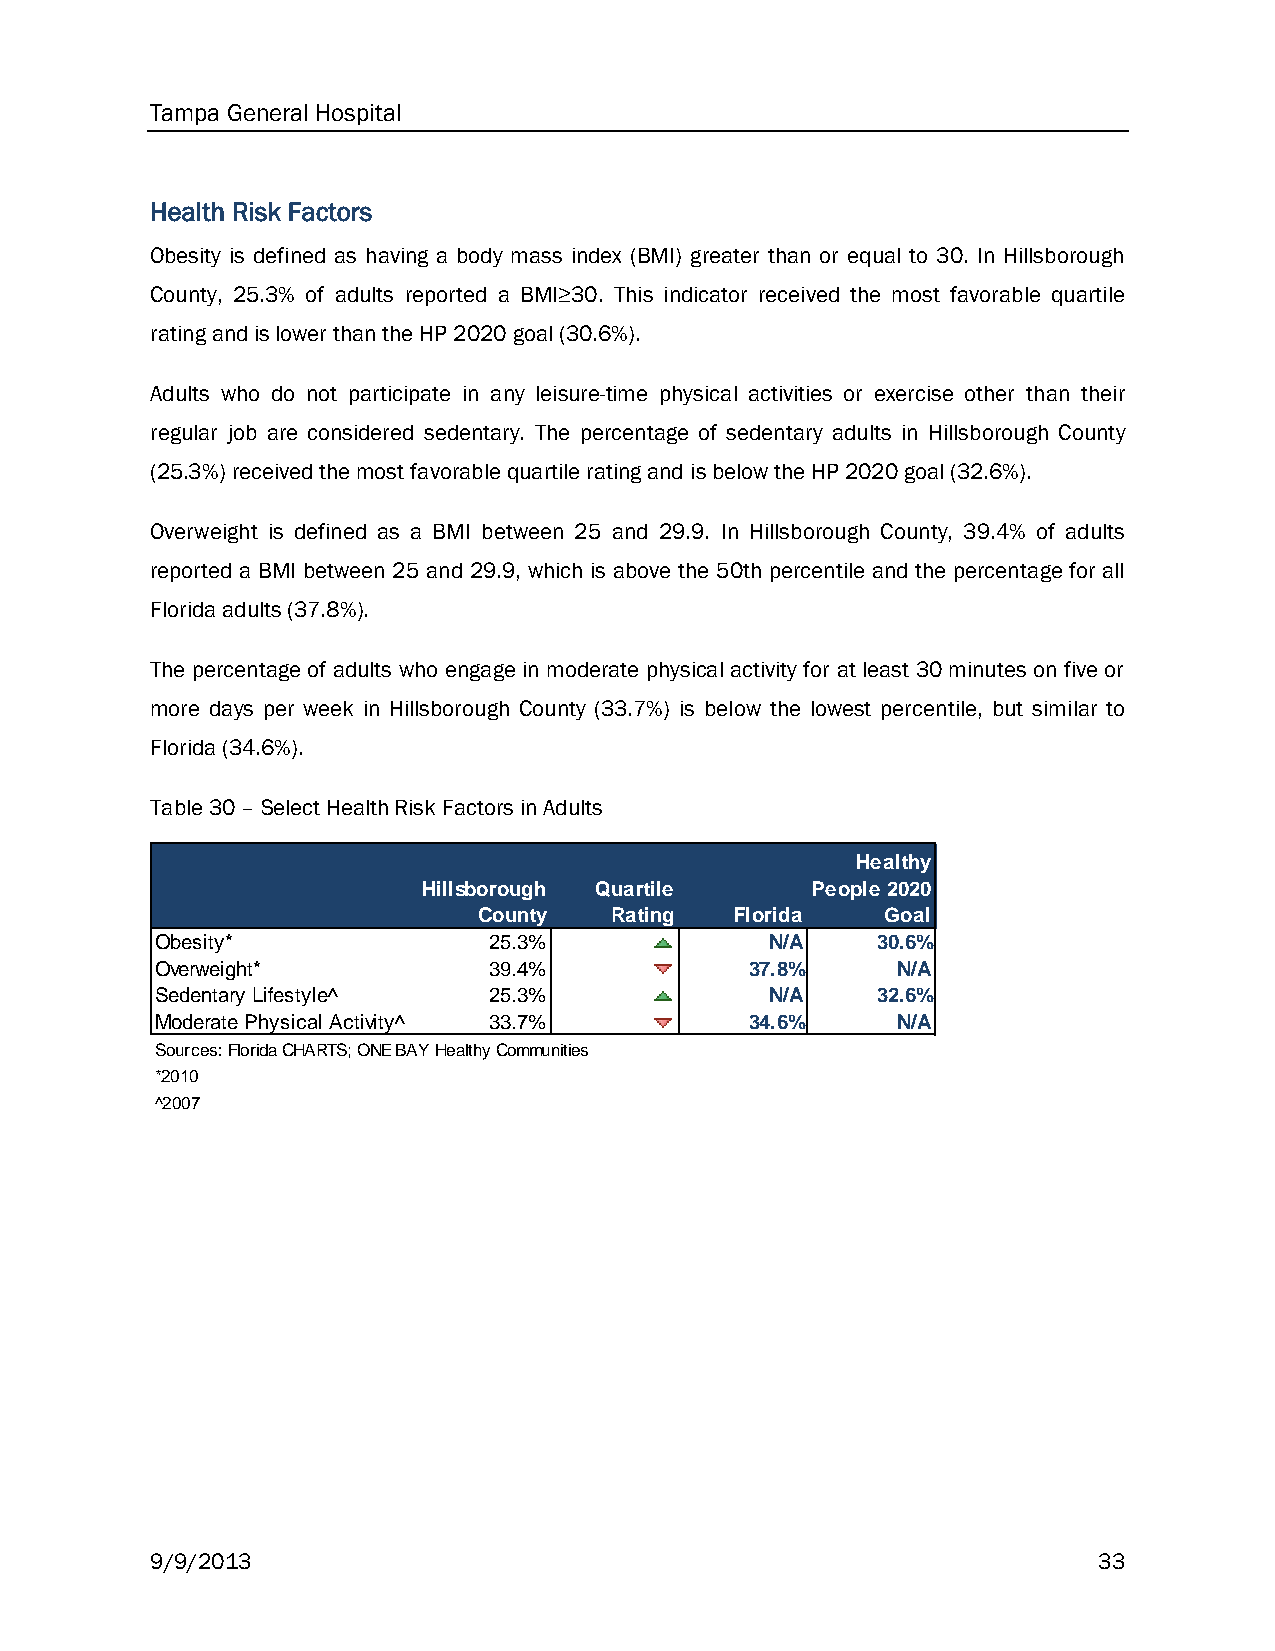
Tampa General Hospital
 Health Risk Factors
 Obesity is defined as having a body mass index (BMI) greater than or equal to 30. In Hillsborough
 County, 25.3% of adults reported a BMI≥30. This indicator received the most favorable quartile
 rating and is lower than the HP 2020 goal (30.6%).
 Adults who do not participate in any leisure-time physical activities or exercise other than their
 regular job are considered sedentary. The percentage of sedentary adults in Hillsborough County
 (25.3%) received the most favorable quartile rating and is below the HP 2020 goal (32.6%).
 Overweight is defined as a BMI between 25 and 29.9. In Hillsborough County, 39.4% of adults
 reported a BMI between 25 and 29.9, which is above the 50th percentile and the percentage for all
 Florida adults (37.8%).
 The percentage of adults who engage in moderate physical activity for at least 30 minutes on five or
 more days per week in Hillsborough County (33.7%) is below the lowest percentile, but similar to
 Florida (34.6%).
 Table 30 – Select Health Risk Factors in Adults
 Healthy
 Hillsborough Quartile     People 2020
 County  Rating   Florida   Goal
 Obesity*              25.3%              N/A    30.6%
 Overweight*           39.4%             37.8%    N/A
 Sedentary Lifestyle^  25.3%              N/A    32.6%
 Moderate Physical Activity^ 33.7%       34.6%    N/A
 Sources: Florida CHARTS; ONE BAY Healthy Communities
 *2010
 ^2007
 9/9/2013                                                       33